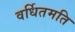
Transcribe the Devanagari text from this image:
वर्धितमति